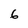
Character: 6